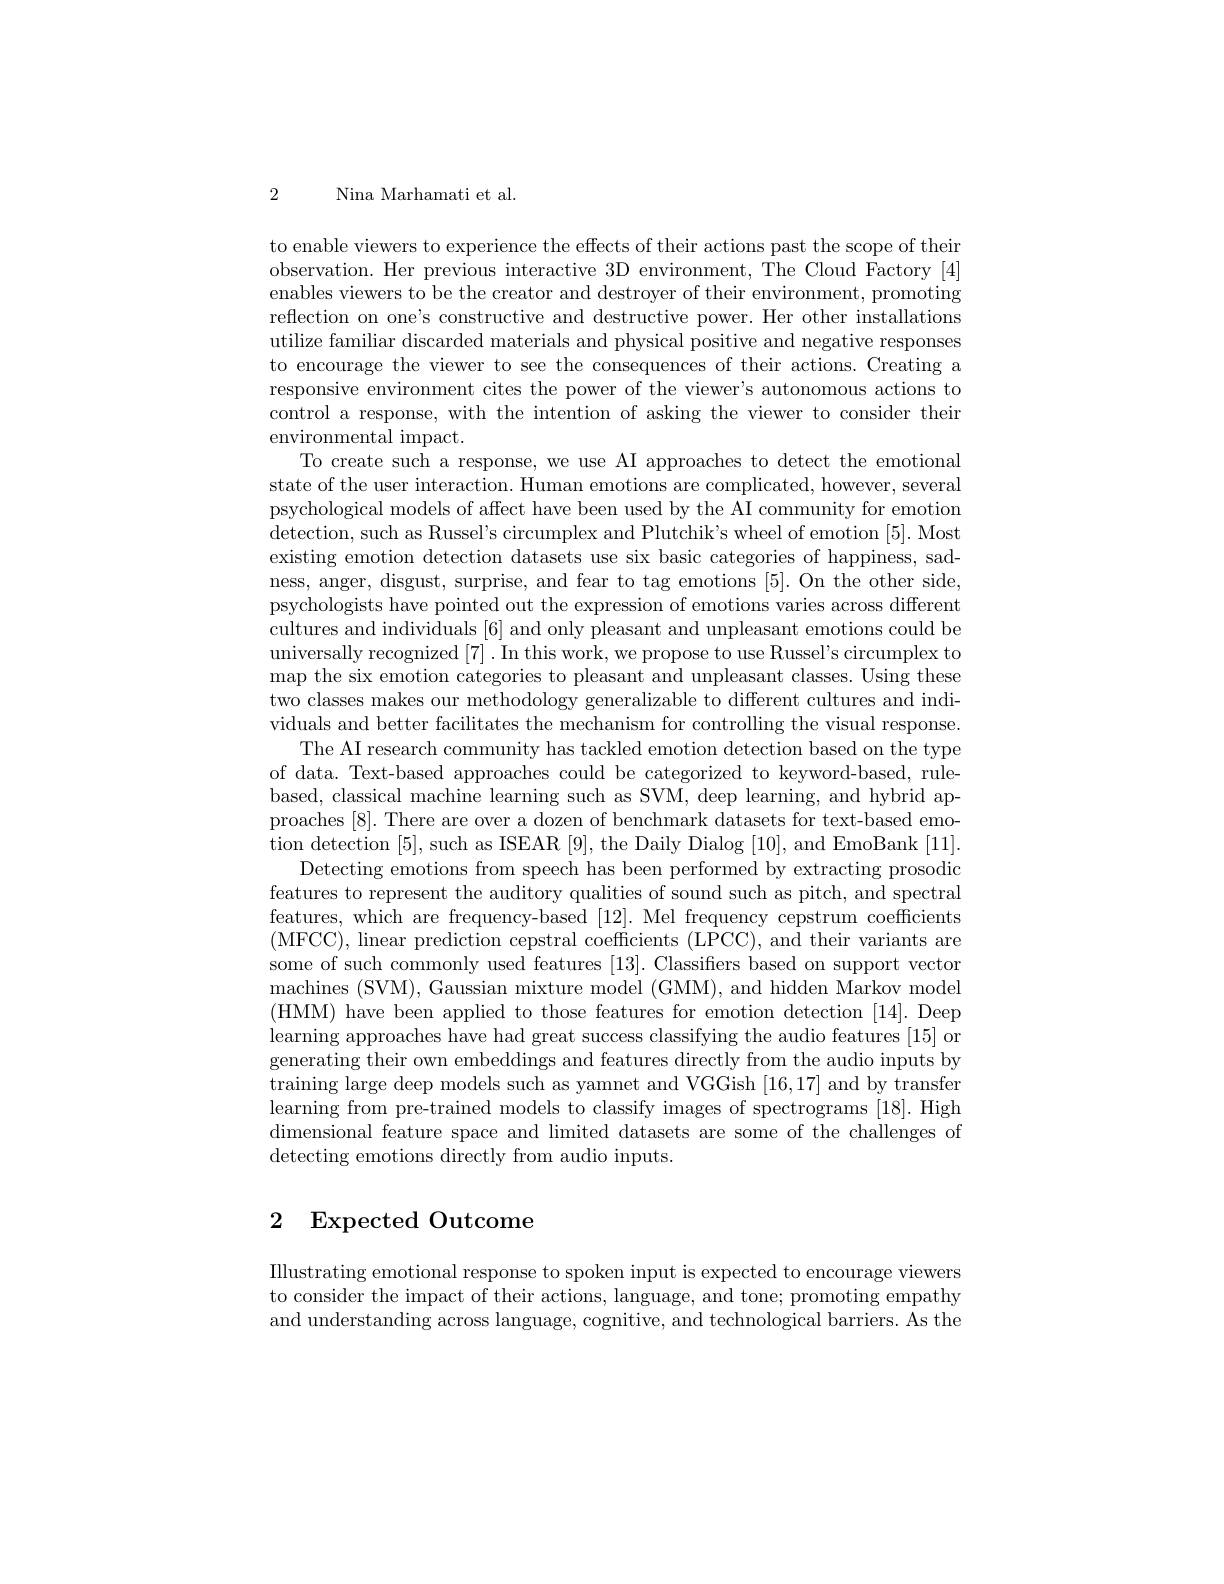
2

Nina Marhamati et al.

to enable viewers to experience the effects of their actions past the scope of their observation. Her previous interactive 3D environment, The Cloud Factory [4] enables viewers to be the creator and destroyer of their environment, promoting reflection on one's constructive and destructive power. Her other installations utilize familiar discarded materials and physical positive and negative responses to encourage the viewer to see the consequences of their actions. Creating a responsive environment cites the power of the viewer's autonomous actions to control a response, with the intention of asking the viewer to consider their environmental impact.
To create such a response, we use AI approaches to detect the emotional state of the user interaction. Human emotions are complicated, however, several psychological models of affect have been used by the AI community for emotion detection, such as Russel's circumplex and Plutchik's wheel of emotion [5]. Most existing emotion detection datasets use six basic categories of happiness, sadness, anger, disgust, surprise, and fear to tag emotions [5]. On the other side, psychologists have pointed out the expression of emotions varies across different cultures and individuals [6] and only pleasant and unpleasant emotions could be universally recognized [7] .In this work, we propose to use Russel's circumplex to map the six emotion categories to pleasant and unpleasant classes. Using these two classes makes our methodology generalizable to different cultures and individuals and better facilitates the mechanism for controlling the visual response.
The AI research community has tackled emotion detection based on the type of data. Text-based approaches could be categorized to keyword-based, rulebased, classical machine learning such as SVM, deep learning, and hybrid approaches [8]. There are over a dozen of benchmark datasets for text-based emotion detection [5],such as ISEAR [9],the Daily Dialog [10], and EmoBank [11].
Detecting emotions from speech has been performed by extracting prosodic features to represent the auditory qualities of sound such as pitch, and spectral features, which are frequency-based [12]. Mel frequency cepstrum coefficients (MFCC), linear prediction cepstral coefficients (LPCC), and their variants are some of such commonly used features [13]. Classifiers based on support vector machines (SVM), Gaussian mixture model (GMM), and hidden Markov model (HMM) have been applied to those features for emotion detection [14]. Deep learning approaches have had great success classifying the audio features [15] or generating their own embeddings and features directly from the audio inputs by training large deep models such as yamnet and VGGish [16,17] and by transfer learning from pre-trained models to classify images of spectrograms [18]. High dimensional feature space and limited datasets are some of the challenges of detecting emotions directly from audio inputs.

## 2 Expected Outcome

Illustrating emotional response to spoken input is expected to encourage viewers to consider the impact of their actions, language, and tone; promoting empathy and understanding across language, cognitive, and technological barriers. As the